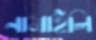
নামাইলি